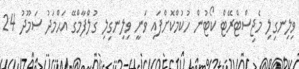
ވިލިނގިލި މެޖިސްޓްރޭޓް ކޯޓުން ހުކުމްކޮށްފައި ވަނީ ވިލިނގިލި ގުލްފާމްގޭ އަޙްމަދު ސަމޫދު 24